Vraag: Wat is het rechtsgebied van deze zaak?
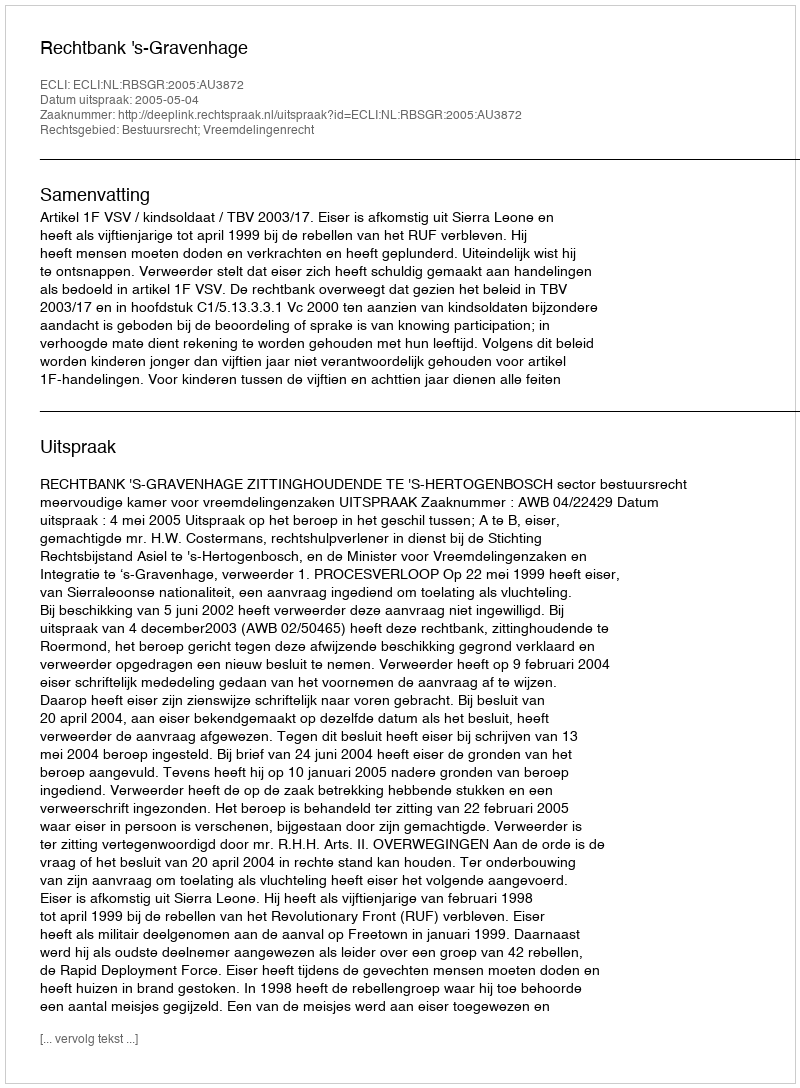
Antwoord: Bestuursrecht; Vreemdelingenrecht